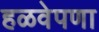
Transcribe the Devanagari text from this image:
हळवेपणा